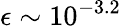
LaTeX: \epsilon\sim 10^{-3.2}